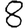
Digit: 8